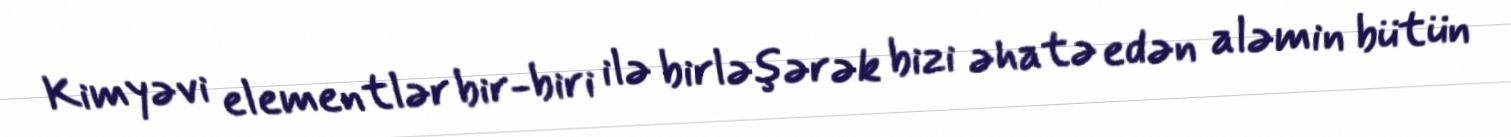
Kimyəvi elementlər bir-biri ilə birləşərək bizi əhatə edən aləmin bütün